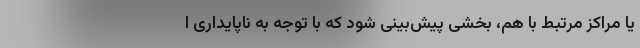
یا مراکز مرتبط با هم، بخشی پیش‌بینی شود که با توجه به ناپایداری ا